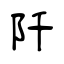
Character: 阡